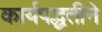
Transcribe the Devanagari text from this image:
कार्यपद्धतीने